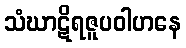
သံဃာဋိရဇူပဝါဟနေ